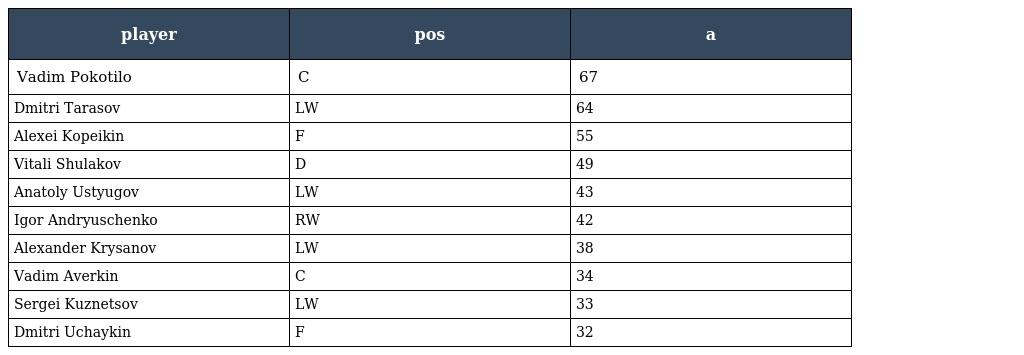
| player | pos | a |
 | --- | --- | --- |
 | Vadim Pokotilo | C | 67 |
 | Dmitri Tarasov | LW | 64 |
 | Alexei Kopeikin | F | 55 |
 | Vitali Shulakov | D | 49 |
 | Anatoly Ustyugov | LW | 43 |
 | Igor Andryuschenko | RW | 42 |
 | Alexander Krysanov | LW | 38 |
 | Vadim Averkin | C | 34 |
 | Sergei Kuznetsov | LW | 33 |
 | Dmitri Uchaykin | F | 32 |